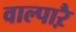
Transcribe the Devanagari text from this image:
वाल्पाऱै